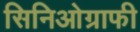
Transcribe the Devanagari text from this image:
सिनिओग्राफी